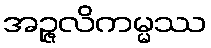
အဉ္ဇလိကမ္မဿ